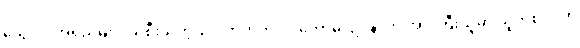
သွေးပုပ်အရည်များ ယိုစီးသကဲ့သို ပကတိကပင် ကောဓ၊ ဥပနာဟ အားကြီးသူမှာ သူတစ်ပါးက